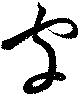
字